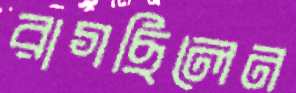
রাগছিলেন